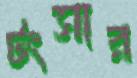
টংসার